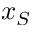
x _ { S }